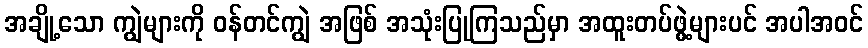
အချို့သော ကျွဲများကို ဝန်တင်ကျွဲ အဖြစ် အသုံးပြုကြသည်မှာ အထူးတပ်ဖွဲ့များပင် အပါအဝင်